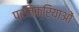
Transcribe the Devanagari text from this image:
प्रतिक्रियाआें